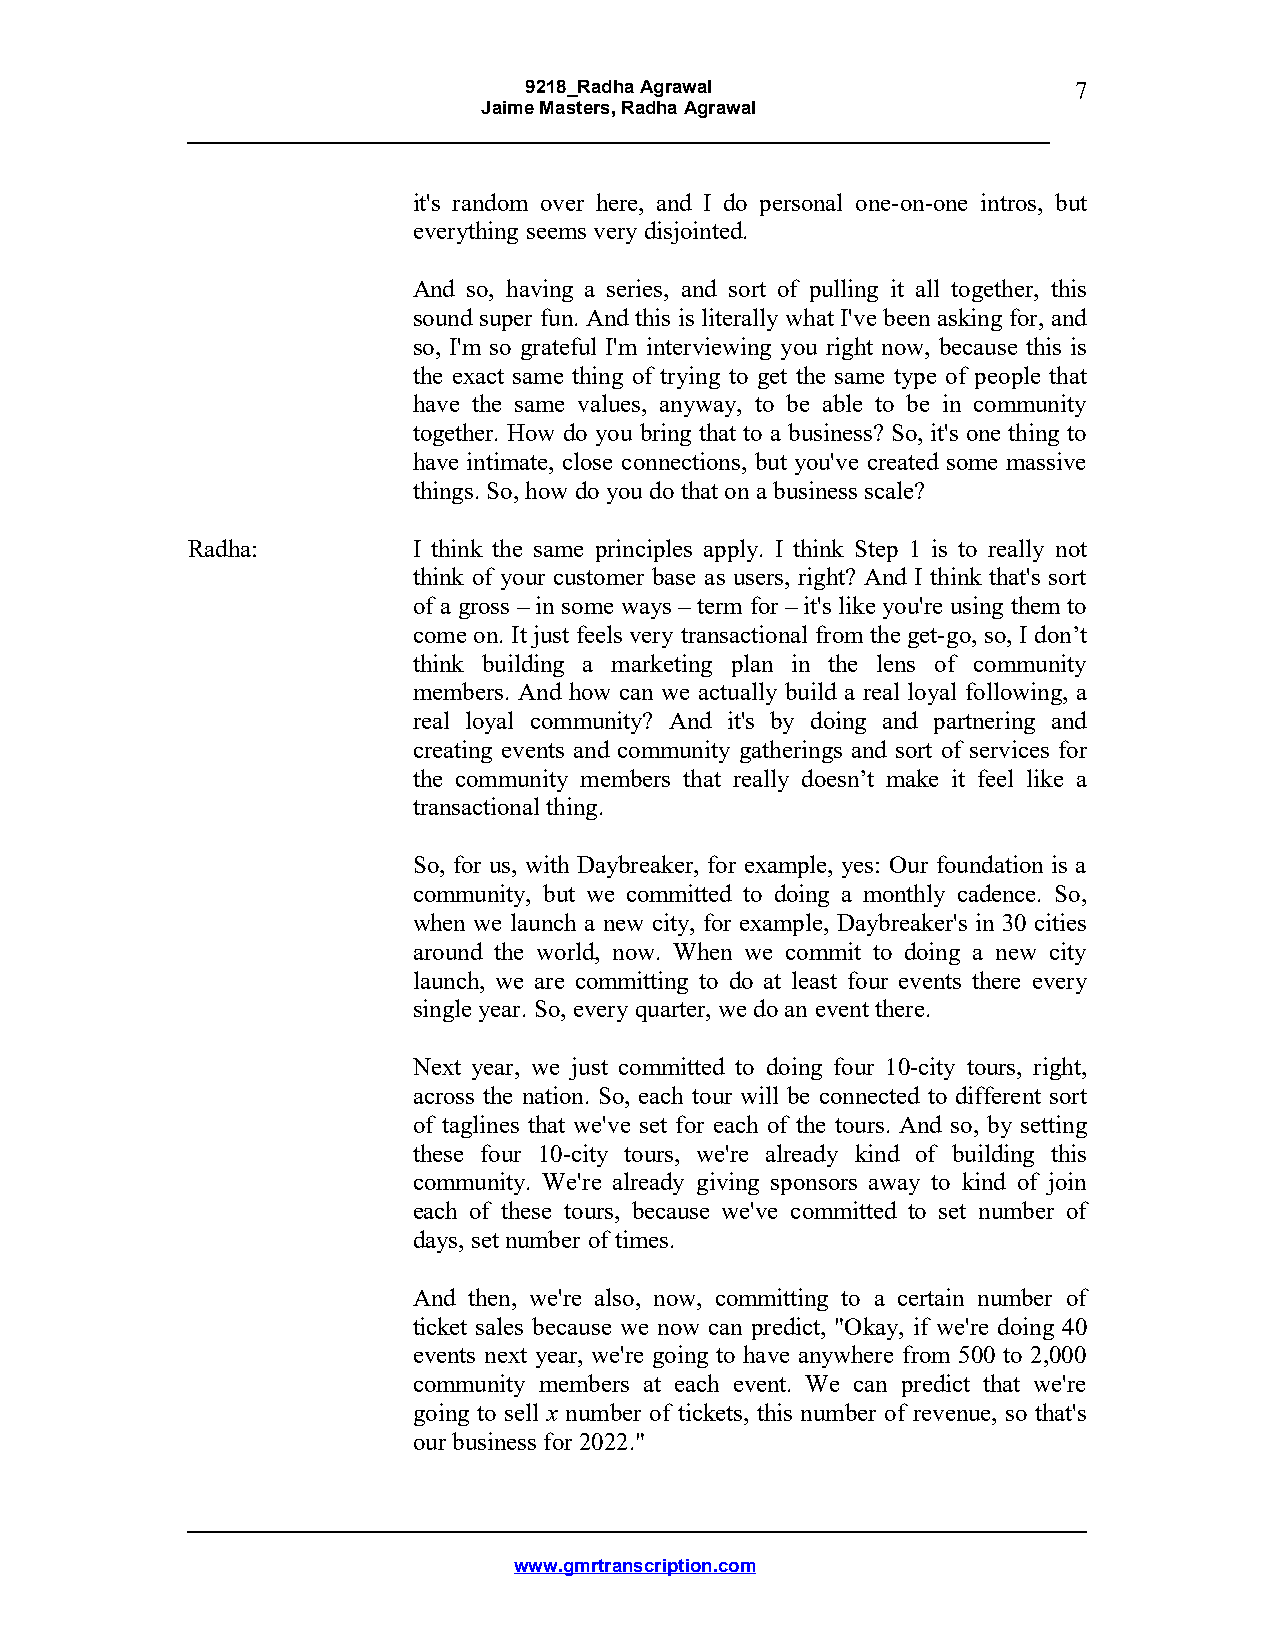
9218_Radha Agrawal                  7
 Jaime Masters, Radha Agrawal
 it's random over here, and I do personal one-on-one intros, but
 everything seems very disjointed.
 And so, having a series, and sort of pulling it all together, this
 sound super fun. And this is literally what I've been asking for, and
 so, I'm so grateful I'm interviewing you right now, because this is
 the exact same thing of trying to get the same type of people that
 have the same values, anyway, to be able to be in community
 together. How do you bring that to a business? So, it's one thing to
 have intimate, close connections, but you've created some massive
 things. So, how do you do that on a business scale?
 Radha:         I think the same principles apply. I think Step 1 is to really not
 think of your customer base as users, right? And I think that's sort
 of a gross – in some ways – term for – it's like you're using them to
 come on. It just feels very transactional from the get-go, so, I don’t
 think building a marketing plan in the lens of community
 members. And how can we actually build a real loyal following, a
 real loyal community? And it's by doing and partnering and
 creating events and community gatherings and sort of services for
 the community members that really doesn’t make it feel like a
 transactional thing.
 So, for us, with Daybreaker, for example, yes: Our foundation is a
 community, but we committed to doing a monthly cadence. So,
 when we launch a new city, for example, Daybreaker's in 30 cities
 around the world, now. When we commit to doing a new city
 launch, we are committing to do at least four events there every
 single year. So, every quarter, we do an event there.
 Next year, we just committed to doing four 10-city tours, right,
 across the nation. So, each tour will be connected to different sort
 of taglines that we've set for each of the tours. And so, by setting
 these four 10-city tours, we're already kind of building this
 community. We're already giving sponsors away to kind of join
 each of these tours, because we've committed to set number of
 days, set number of times.
 And then, we're also, now, committing to a certain number of
 ticket sales because we now can predict, "Okay, if we're doing 40
 events next year, we're going to have anywhere from 500 to 2,000
 community members at each event. We can predict that we're
 going to sell x number of tickets, this number of revenue, so that's
 our business for 2022."
 www.gmrtranscription.com